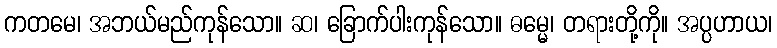
ကတမေ၊ အဘယ်မည်ကုန်သော။ ဆ၊ ခြောက်ပါးကုန်သော။ ဓမ္မေ၊ တရားတို့ကို။ အပ္ပဟာယ၊